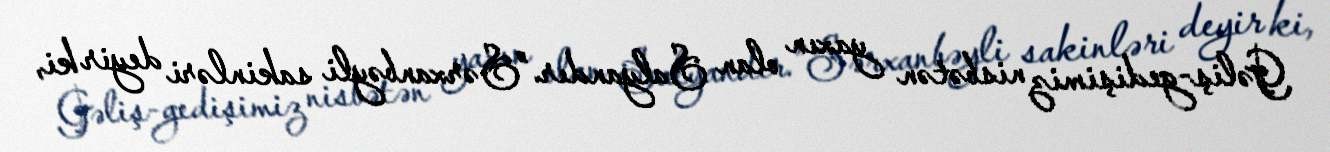
Gəliş-gedişimiz nisbətən yaxın olan Salyandır.”Sərxanbəyli sakinləri deyir ki,